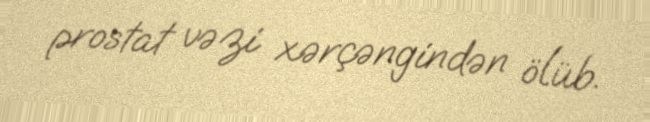
prostat vəzi xərçəngindən ölüb.